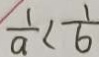
\frac { 1 } { a } < \frac { 1 } { 6 }